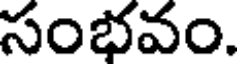
సంభవం.